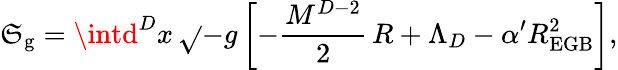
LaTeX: \mathfrak{S}_{\mathrm{{g}}}=\intd^{D}x\, \sqrt{}{{-g}}\, \biggl[-\frac{{M^{D-2}}}{{2}}\, R+\Lambda_{D}-\alpha^{\prime}R_{\mathrm{{EGB}}}^{2}\biggr],